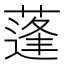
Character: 蓬